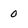
Character: 0